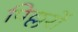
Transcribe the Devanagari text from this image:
पिल्लरों